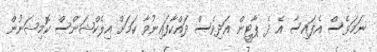
ނަމަވެސް އެފައިސާ އެ ދެ ޕާޓީން އަދިވެސް ދައްކާފައިނުވާ ކަމަށް އިލެކްޝަންސް ކޮމިޝަނުން